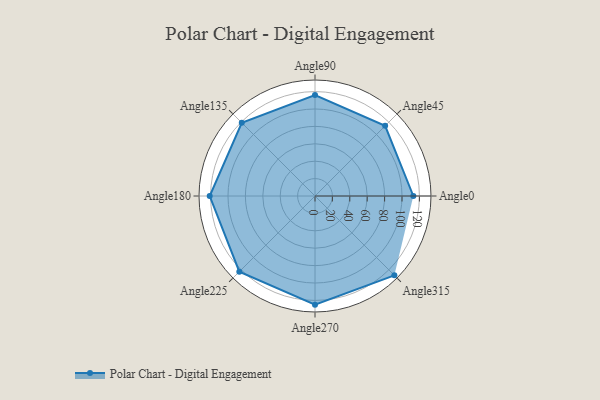
{"axis": {"x": "Angle", "y": "Radius"}, "legend": [""], "data": [{"x": "Angle0", "y": 113.0, "type": ""}, {"x": "Angle45", "y": 114.0, "type": ""}, {"x": "Angle90", "y": 116.0, "type": ""}, {"x": "Angle135", "y": 119.0, "type": ""}, {"x": "Angle180", "y": 121.0, "type": ""}, {"x": "Angle225", "y": 123.0, "type": ""}, {"x": "Angle270", "y": 125.0, "type": ""}, {"x": "Angle315", "y": 129.0, "type": ""}]}